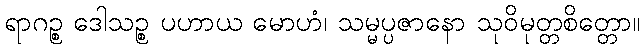
ရာဂဉ္စ ဒေါသဉ္စ ပဟာယ မောဟံ၊ သမ္မပ္ပဇာနော သုဝိမုတ္တစိတ္တော။